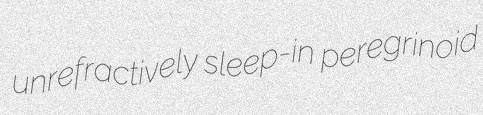
unrefractively sleep-in peregrinoid